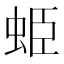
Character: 𧊺